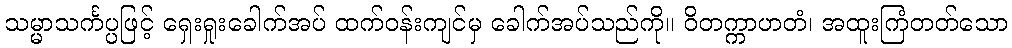
သမ္မာသင်္ကပ္ပဖြင့် ရှေးရှုးခေါက်အပ် ထက်ဝန်းကျင်မှ ခေါက်အပ်သည်ကို။ ဝိတက္ကာဟတံ၊ အထူးကြံတတ်သော